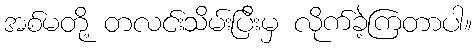
အစ်မတို့ တလင်းသိမ်းပြီးမှ လိုက်ခဲ့ကြတာပါ။